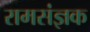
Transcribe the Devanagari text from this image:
रामसंज्ञक